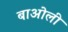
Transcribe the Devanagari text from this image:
बाओली